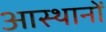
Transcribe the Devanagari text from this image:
आस्थानों